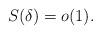
LaTeX: \begin{align*}S(\delta_{}) = o(1).\end{align*}